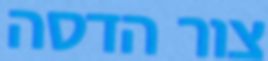
צור הדסה